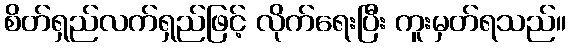
စိတ်ရှည်လက်ရှည်ဖြင့် လိုက်ရေးပြီး ကူးမှတ်ရသည်။